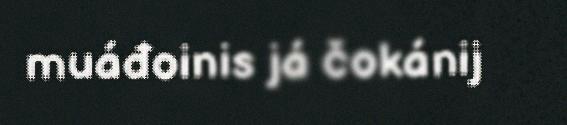
muáđoinis já čokánij